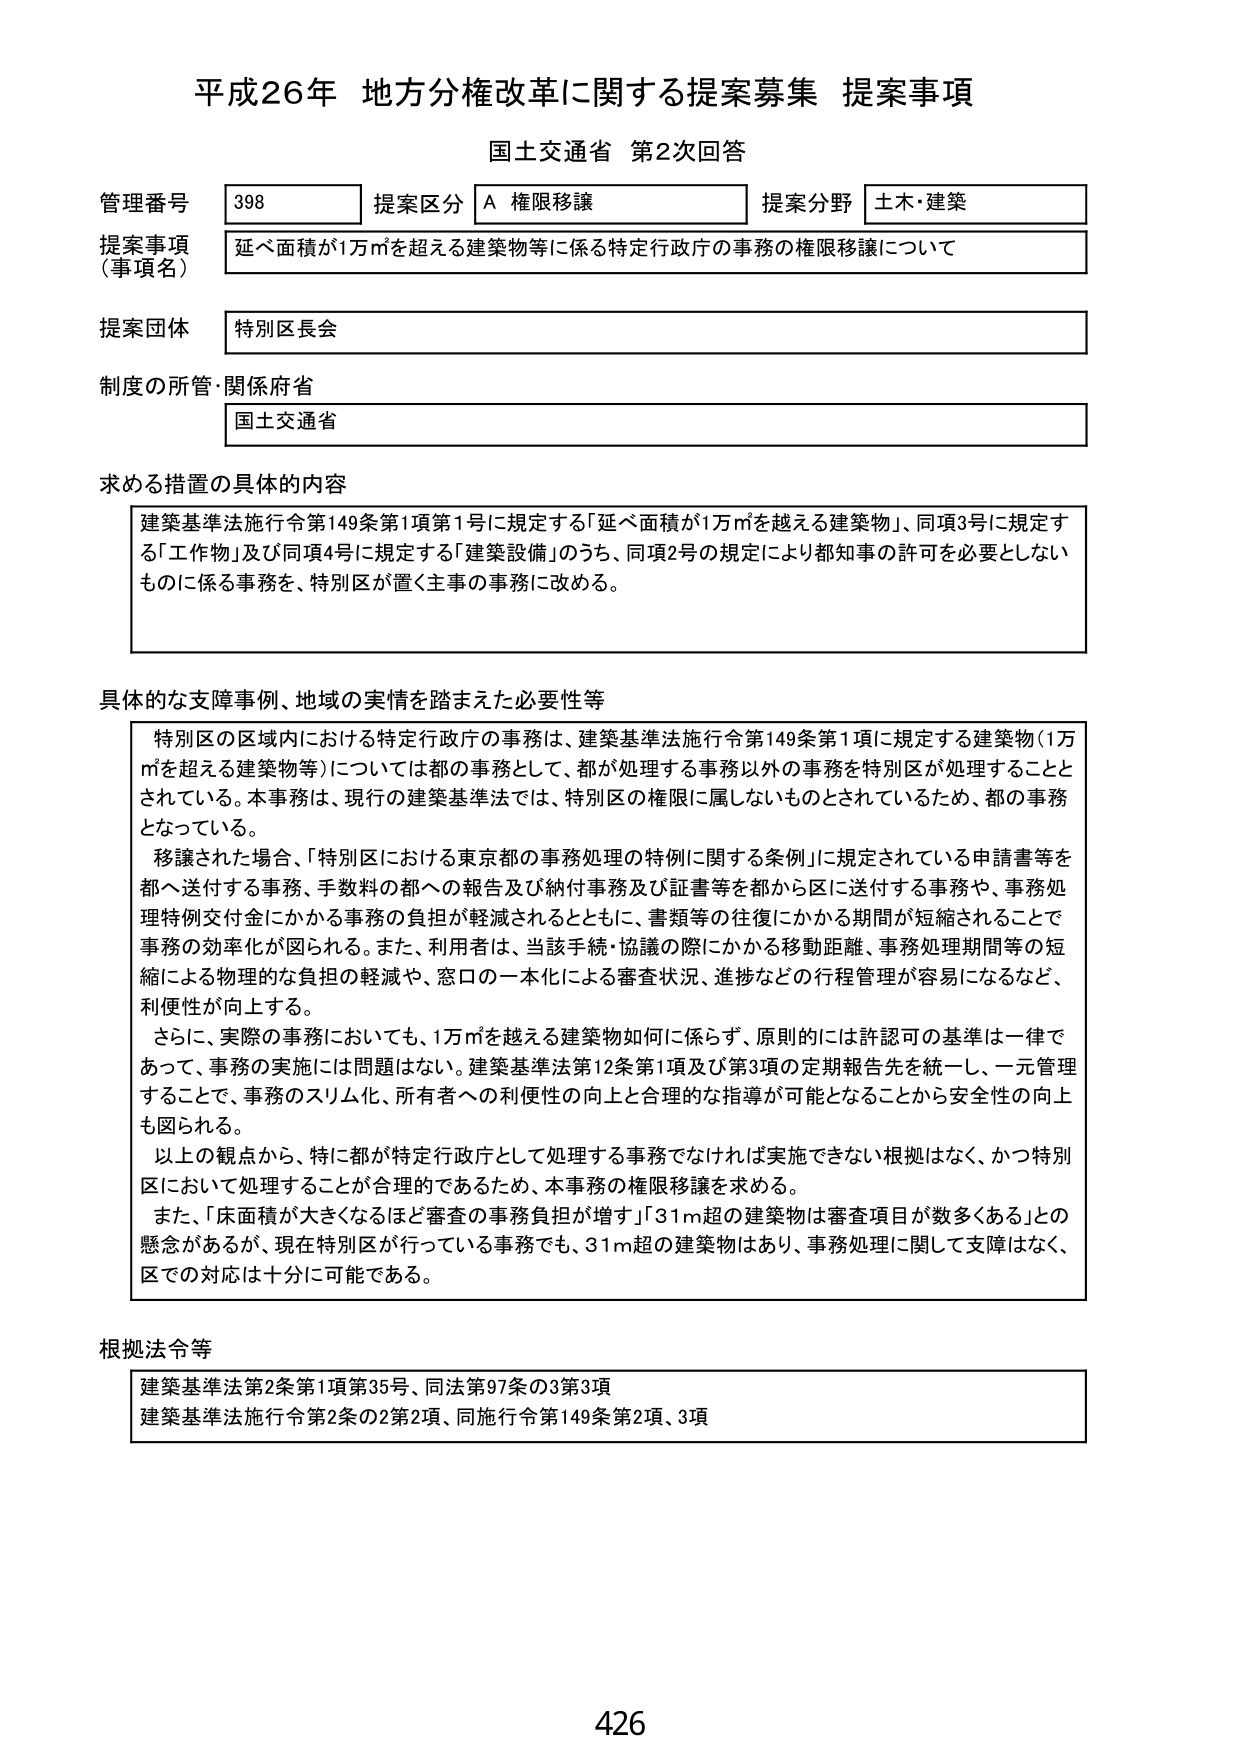
平成26年 地方分権改革に関する提案募集 提案事項
国土交通省 第2次回答

管理番号 398 提案区分 A 権限移譲 提案分野 土木・建築
提案事項（事項名） 延べ面積が1万㎡を超える建築物等に係る特定行政庁の事務の権限移譲について
提案団体 特別区長会
制度の所管・関係府省 国土交通省

求める措置の具体的内容
建築基準法施行令第149条第1項第1号に規定する「延べ面積が1万㎡を超える建築物」、同項3号に規定する「工作物」及び同項4号に規定する「建築設備」のうち、同項2号の規定により都知事の許可を必要としないものに係る事務を、特別区が置く主事の事務に改める。

具体的な支障事例、地域の実情を踏まえた必要性等
特別区の区域内における特定行政庁の事務は、建築基準法施行令第149条第1項に規定する建築物（1万㎡を超える建築物等）については都の事務として、都が処理する事務以外の事務を特別区が処理することとされている。本事務は、現行の建築基準法では、特別区の権限に属しないものとされているため、都の事務となっている。
移譲された場合、「特別区における東京都の事務処理の特例に関する条例」に規定されている申請書等を都へ送付する事務、手数料の都への報告及び納付事務及び証書等を都から区に送付する事務や、事務処理特例交付金にかかる事務の負担が軽減されるとともに、書類等の往復にかかる期間が短縮されることで事務の効率化が図られる。また、利用者は、当該手続・協議の際にかかる移動距離、事務処理期間等の短縮による物理的な負担の軽減や、窓口の一本化による審査状況、進捗などの行程管理が容易になるなど、利便性が向上する。
さらに、実際の事務においても、1万㎡を超える建築物如何に係らず、原則的には許認可の基準は一律であって、事務の実施には問題はない。建築基準法第12条第1項及び第3項の定期報告先を統一し、一元管理することで、事務のスリム化、所有者への利便性の向上と合理的な指導が可能となることから安全性の向上も図られる。
以上の観点から、特に都が特定行政庁として処理する事務でなければ実施できない根拠はなく、かつ特別区において処理することが合理的であるため、本事務の権限移譲を求める。
また、「床面積が大きくなるほど審査の事務負担が増す」「31m超の建築物は審査項目が数多くある」との懸念があるが、現在特別区が行っている事務でも、31m超の建築物はあり、事務処理に関して支障はなく、区での対応は十分に可能である。

根拠法令等
建築基準法第2条第1項第35号、同法第97条の3第3項
建築基準法施行令第2条の2第2項、同施行令第149条第2項、3項

426